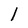
Character: l